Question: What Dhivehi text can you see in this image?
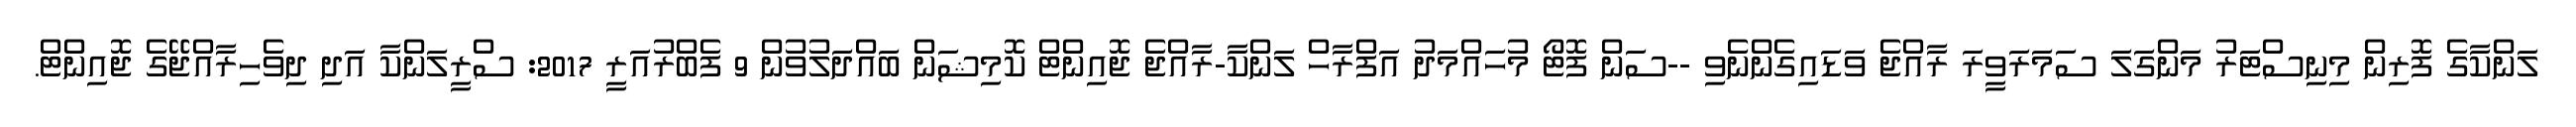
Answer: ލަންކާގެ ފޮރިން މިނިސްޓަރު މަންގަލަ ސަމަރަވީރަ ރާއްޖެ ވަޑައިގެންނެވި --ސަން ފޮޓޯ މުހައްމަދު އަފްރާހް ލަންކާ-ރާއްޖެ ޖޮއިންޓް ކޮމިޝަން ބައްދަލުވުން 9 ފެބްރުއަރީ 2017: ސްރީލަންކާ އަދި ދިވެހިރާއްޖޭގެ ޖޮއިންޓް.